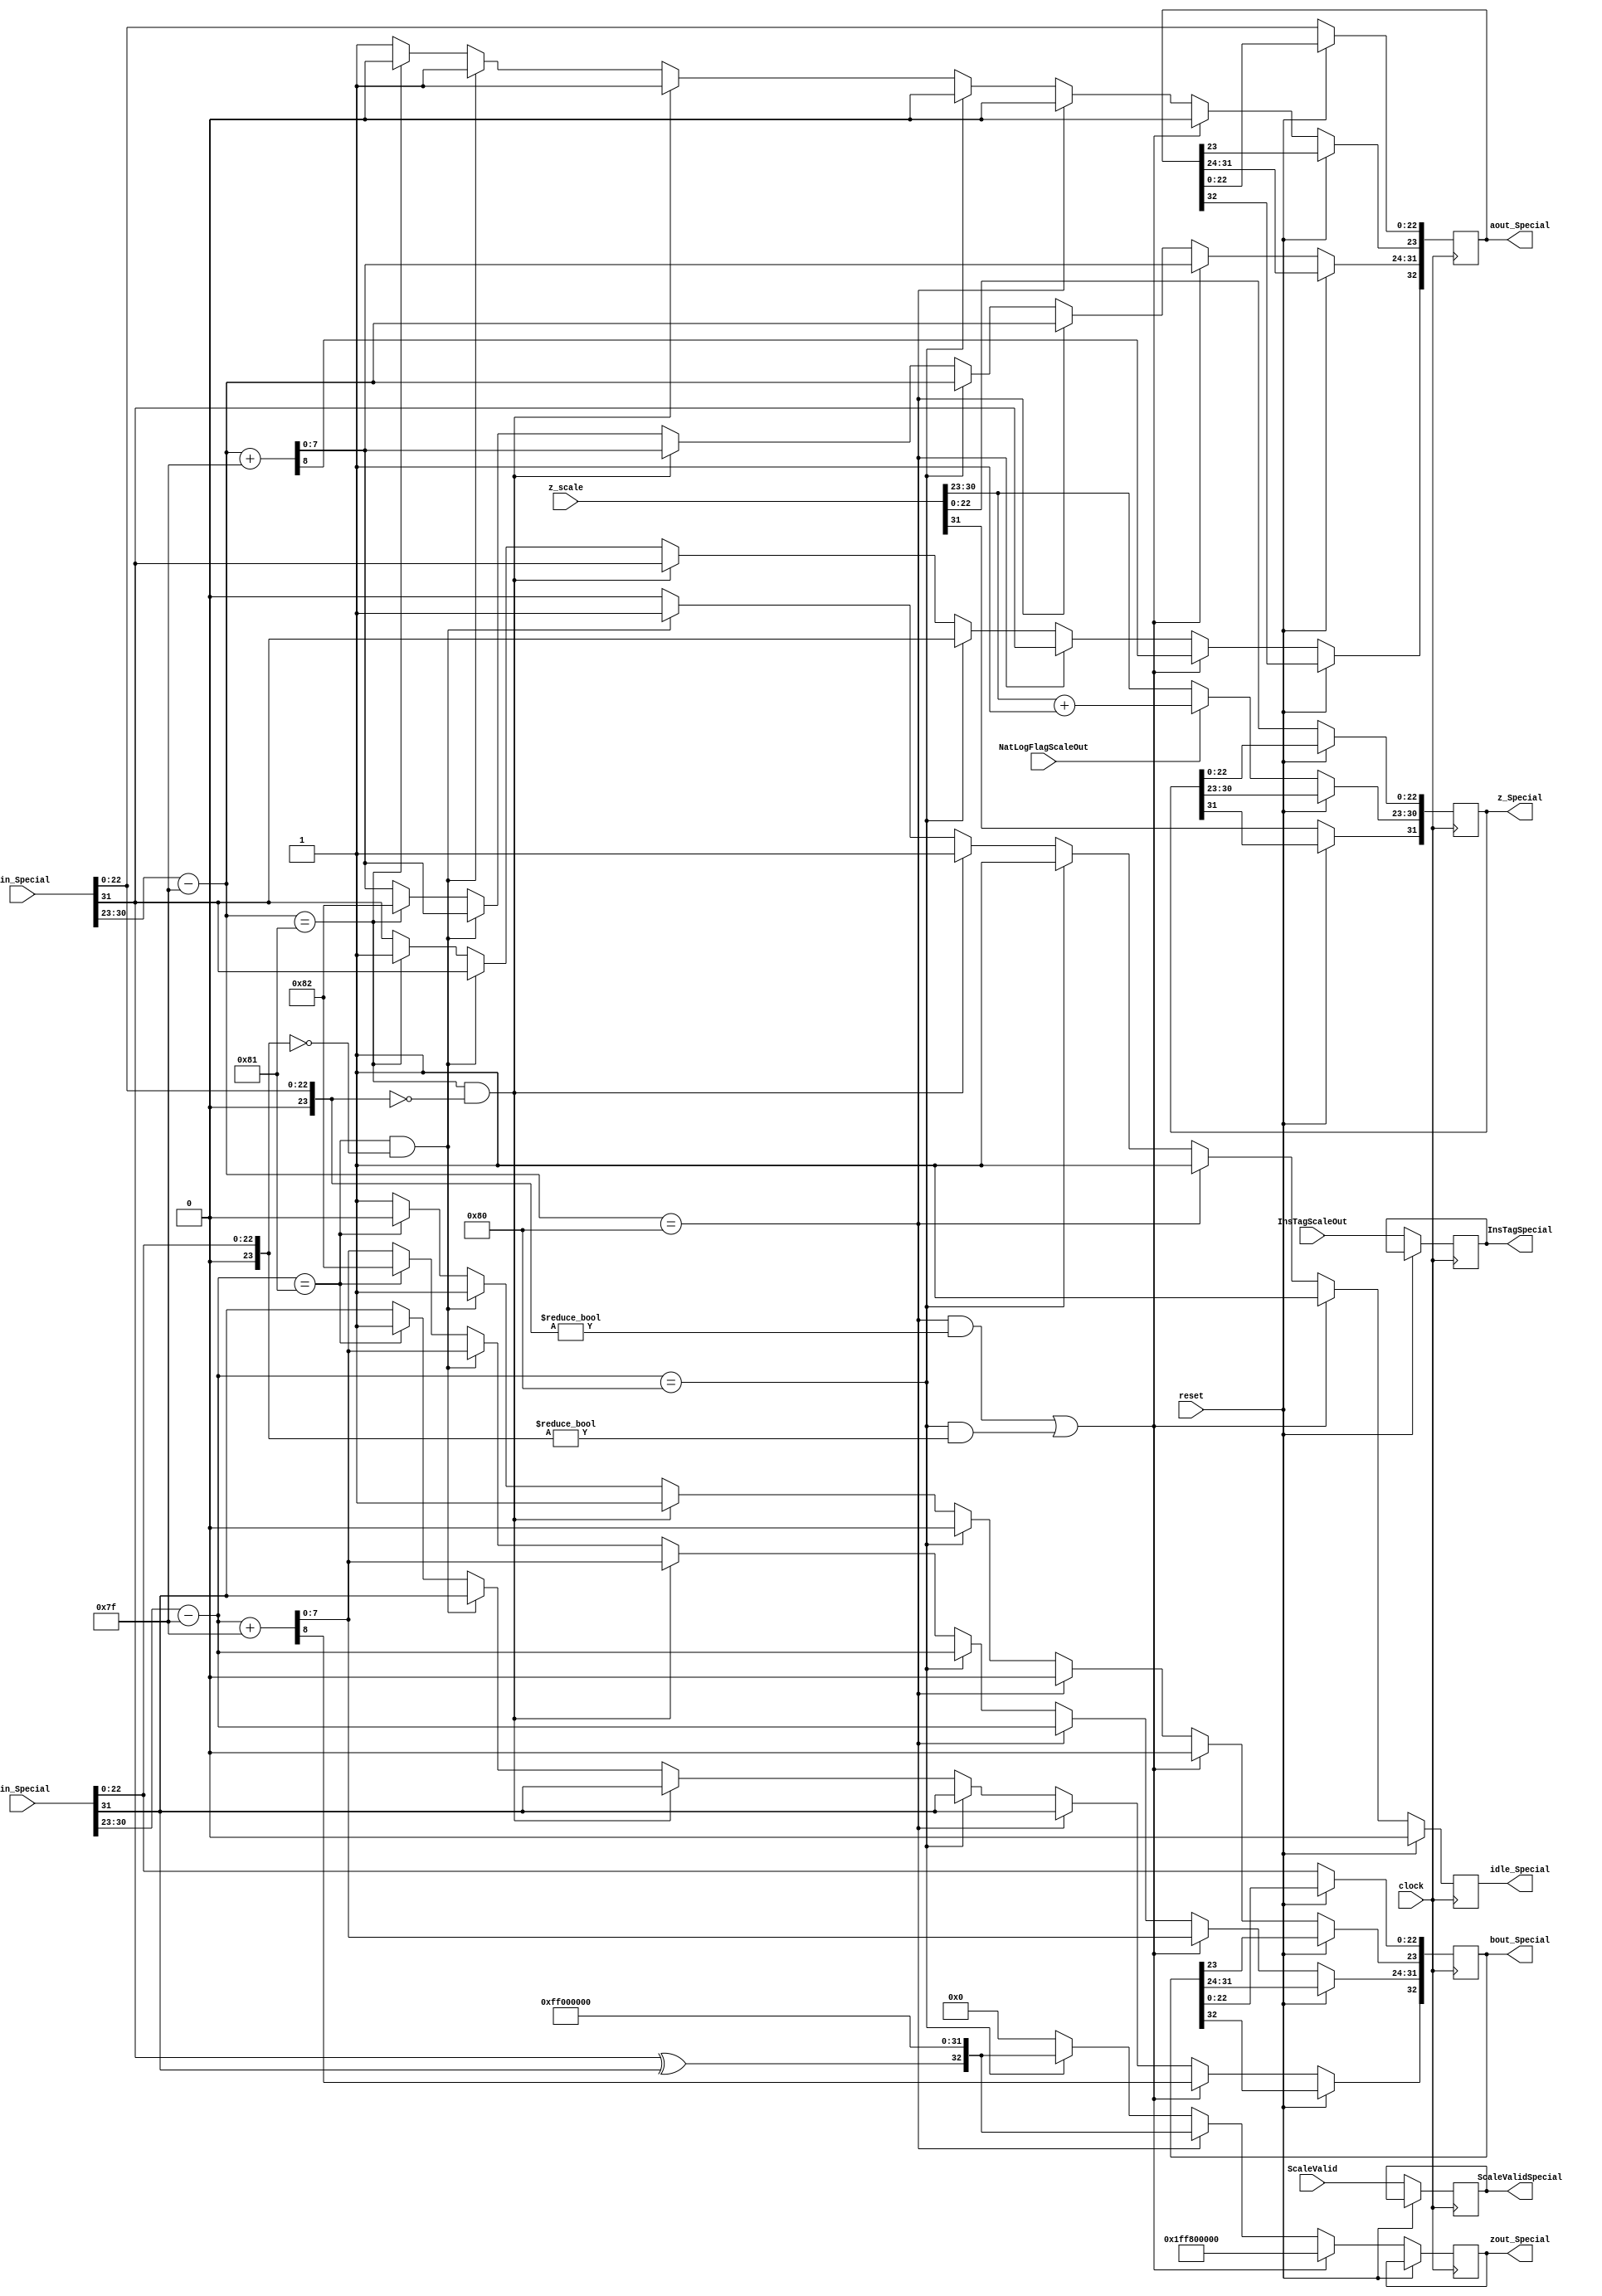
module SpecialMultDescale(
	input [31:0] ain_Special,
	input [31:0] bin_Special,
	input [7:0] InsTagScaleOut,
	input ScaleValid,
	input NatLogFlagScaleOut,
	input [31:0] z_scale,
	input reset,
	input clock,
	output reg idle_Special = 1'b0,
	output reg [32:0] aout_Special,
	output reg [32:0] bout_Special,
	output reg [32:0] zout_Special,
	output reg [7:0] InsTagSpecial,
	output reg ScaleValidSpecial,
	output reg [31:0] z_Special
   );
wire a_sign;
wire [7:0] a_exponent;
wire [23:0] a_mantissa;
wire b_sign;
wire [7:0] b_exponent;
wire [23:0] b_mantissa;
assign a_sign = ain_Special[31];
assign a_exponent = {ain_Special[30:23] - 127};
assign a_mantissa = {1'b0, ain_Special[22:0]};
assign b_sign = {bin_Special[31]};
assign b_exponent = {bin_Special[30:23] - 127};
assign b_mantissa = {1'b0, bin_Special[22:0]};
parameter no_idle = 1'b0,
			 put_idle = 1'b1;
always @ (posedge clock)
begin
	if (reset == 1'b1) begin
		idle_Special <= 1'b0;
	end
	else begin
	if (NatLogFlagScaleOut == 1'b1) begin
		z_Special[30:23] <= z_scale[30:23] + 8'h01;
		z_Special[31] <= z_scale[31];
		z_Special[22:0] <= z_scale[22:0];
	end
	else begin
		z_Special <= z_scale;
	end
	ScaleValidSpecial <= ScaleValid;
	InsTagSpecial <= InsTagScaleOut;
	//if a is NaN or b is NaN return NaN
   if ((a_exponent == 128 && a_mantissa != 0) || (b_exponent == 128 && b_mantissa != 0)) begin
		 idle_Special <= put_idle;
		 aout_Special <= {a_sign,a_exponent+127,a_mantissa};
		 bout_Special <= {b_sign,b_exponent+127,b_mantissa};
		 zout_Special <= {1'b1,8'd255,1'b1,23'd0};
   //if a is inf return inf
   end else if (a_exponent == 128) begin
		 idle_Special <= put_idle;
		 //if b is zero return NaN
       if ($signed(b_exponent == -127) && (b_mantissa == 0)) begin
			  idle_Special <= put_idle;
			  aout_Special <= {a_sign,a_exponent,a_mantissa};
		     bout_Special <= {b_sign,b_exponent,b_mantissa};
		     zout_Special <= {1'b1,8'd255,1'b1,23'd0};
       end
		 else begin
				aout_Special <= {a_sign,a_exponent,a_mantissa};
				bout_Special <= {b_sign,b_exponent,b_mantissa};
				zout_Special <= {a_sign ^ b_sign,8'd255,24'd0};
		 end
   //if b is inf return inf
   end else if (b_exponent == 128) begin
		 idle_Special <= put_idle;
		 aout_Special <= {a_sign,a_exponent,a_mantissa};
		 bout_Special <= {b_sign,b_exponent,b_mantissa};
		 zout_Special <= {a_sign ^ b_sign,8'd255,24'd0};
   //if a is zero return zero
   end else if (($signed(a_exponent) == -127) && (a_mantissa == 0)) begin
		 idle_Special <= put_idle;
		 aout_Special[32] <= a_sign;
		 aout_Special[31:24] <= a_exponent+127;
		 aout_Special[23] <= 1'b1;
		 aout_Special[22:0] <= a_mantissa[22:0];
		 bout_Special[32] <= b_sign;
		 bout_Special[31:24] <= b_exponent+127;
		 bout_Special[23] <= 1'b1;
		 bout_Special[22:0] <= b_mantissa[22:0];
		 zout_Special <= {1'b0,8'd0,24'd0};
   //if b is zero return zero
   end else if (($signed(b_exponent) == -127) && (b_mantissa == 0)) begin
		 aout_Special[32] <= a_sign;
		 aout_Special[31:24] <= a_exponent+127;
		 aout_Special[23] <= 1'b1;
		 aout_Special[22:0] <= a_mantissa[22:0];
		 bout_Special[32] <= b_sign;
		 bout_Special[31:24] <= b_exponent+127;
		 bout_Special[23] <= 1'b1;
		 bout_Special[22:0] <= b_mantissa[22:0];
		 zout_Special <= {1'b0,8'd0,24'd0};
		 idle_Special <= put_idle;
   end else begin
       //Denormalised Number
		 zout_Special <= 0;
		 idle_Special <= no_idle;
       if ($signed(a_exponent) == -127) begin
           aout_Special <= {a_sign,-126,a_mantissa};
       end else begin
			  aout_Special[32] <= a_sign;
			  aout_Special[31:24] <= a_exponent+127;
			  aout_Special[23] <= 1'b1;
			  aout_Special[22:0] <= a_mantissa[22:0];
       end
       //Denormalised Number
       if ($signed(b_exponent) == -127) begin
           bout_Special <= {b_sign,-126,b_mantissa};
       end else begin
			  bout_Special[32] <= b_sign;
			  bout_Special[31:24] <= b_exponent+127;
			  bout_Special[23] <= 1'b1;
			  bout_Special[22:0] <= b_mantissa[22:0];
       end
   end
	end
end
endmodule